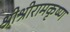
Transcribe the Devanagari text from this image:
श्रीश्रीरामकृष्ण